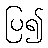
ပြ၍